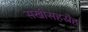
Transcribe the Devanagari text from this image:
सखीसहस्रैह